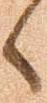
へ